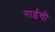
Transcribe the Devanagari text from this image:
गाईचीं